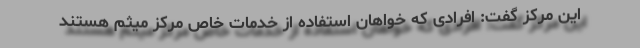
این مرکز گفت: افرادی که خواهان استفاده از خدمات خاص مرکز میثم هستند